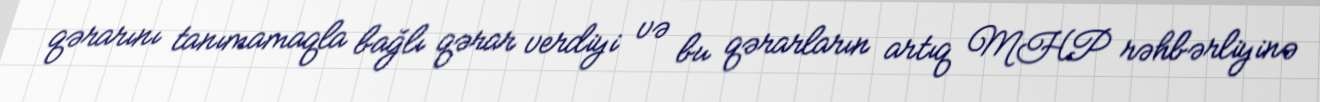
qərarını tanımamaqla bağlı qərar verdiyi və bu qərarların artıq MHP rəhbərliyinə